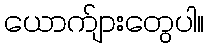
ယောက်ျားတွေပါ။